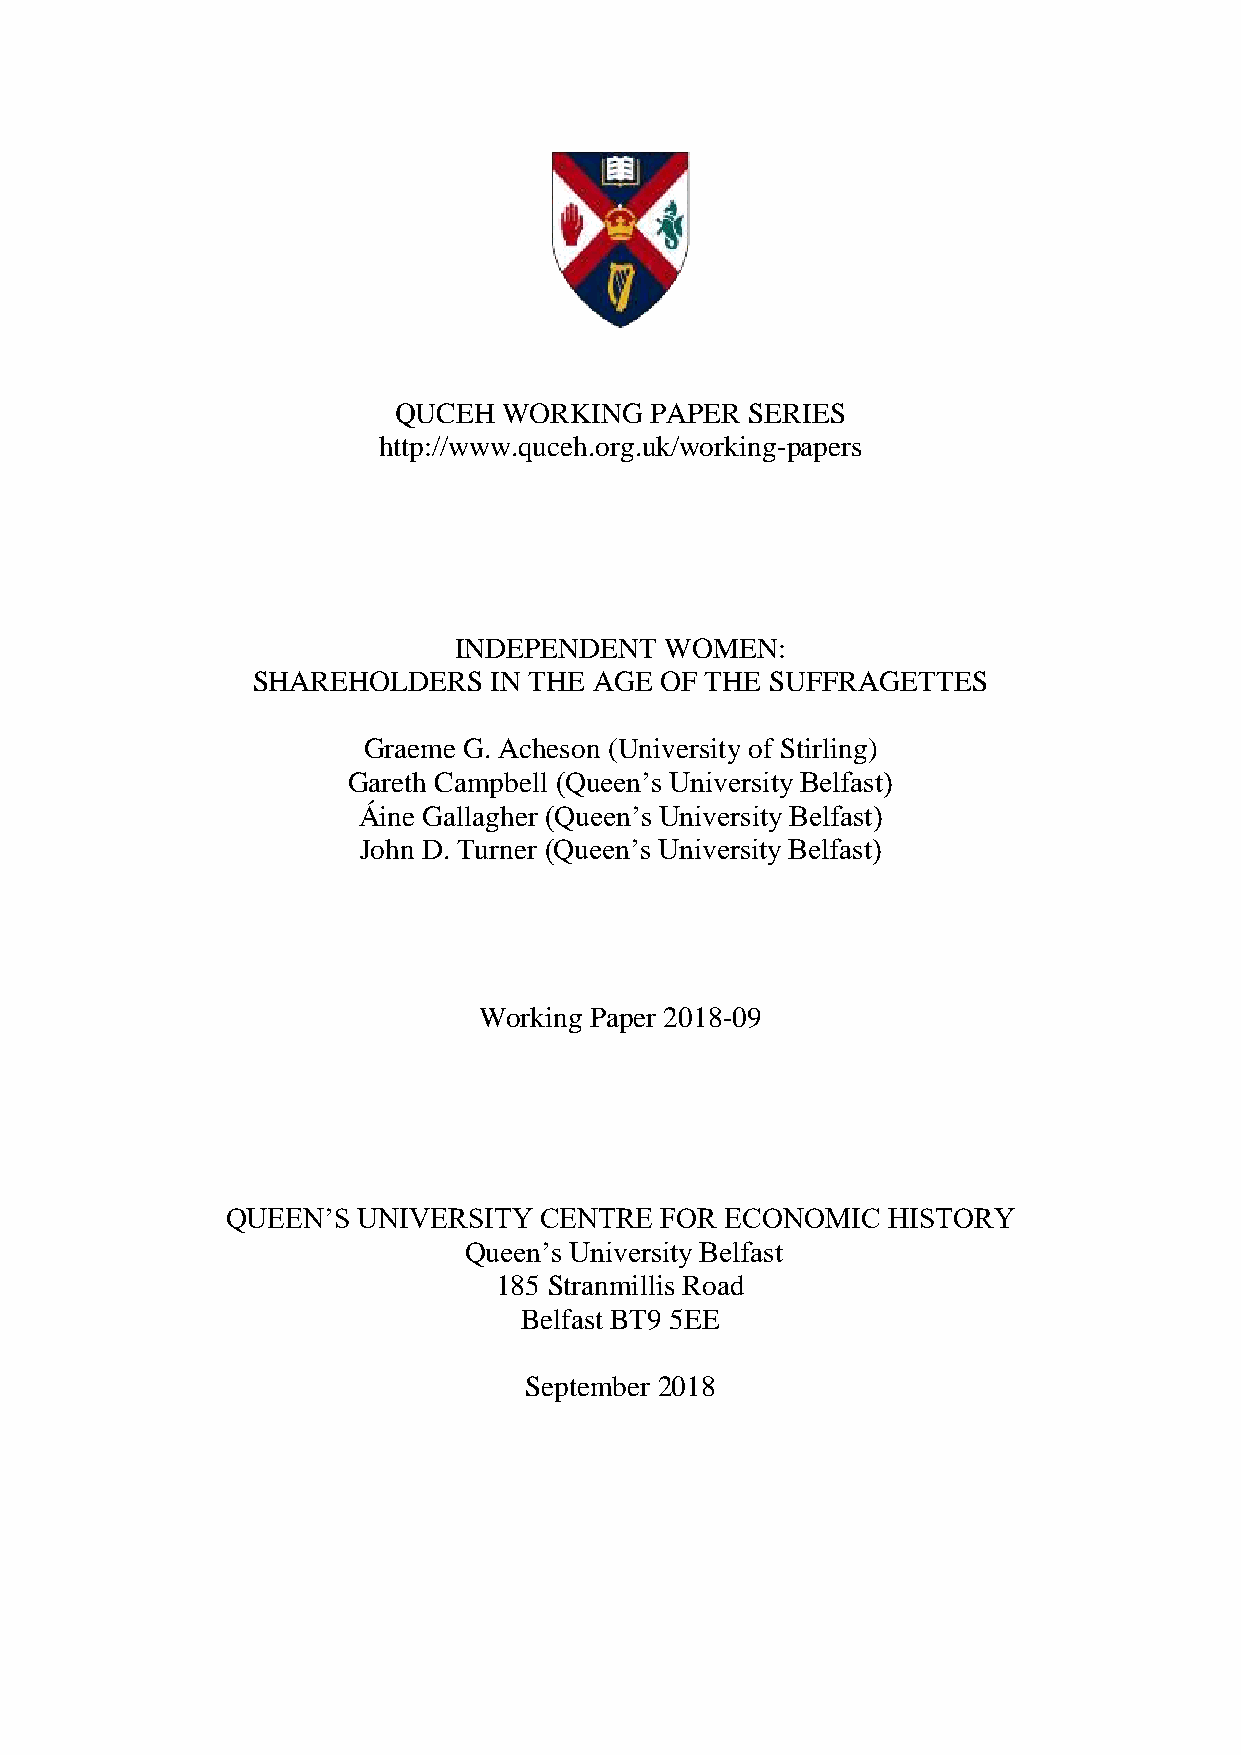
QUCEH  WORKING   PAPER  SERIES
 http://www.quceh.org.uk/working-papers
 INDEPENDENT   WOMEN:
 SHAREHOLDERS   IN THE AGE  OF THE SUFFRAGETTES
 Graeme G. Acheson (University of Stirling)
 Gareth Campbell (Queen’s University Belfast)
 Áine Gallagher (Queen’s University Belfast)
 John D. Turner (Queen’s University Belfast)
 Working Paper 2018-09
 QUEEN’S  UNIVERSITY  CENTRE  FOR ECONOMIC   HISTORY
 Queen’s University Belfast
 185 Stranmillis Road
 Belfast BT9 5EE
 September 2018